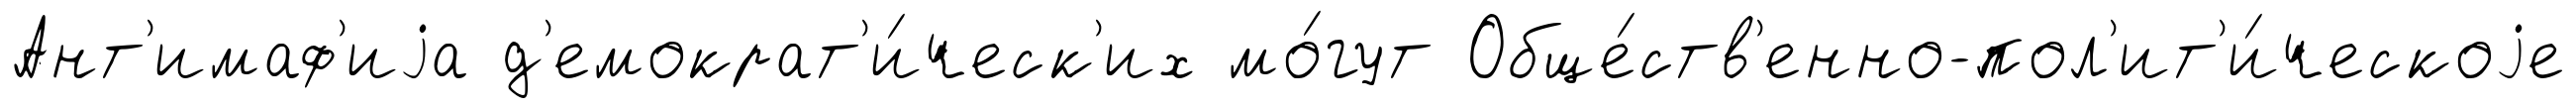
Ант'имаф'иjа д'емократ'и́ческ'их мо́гут Обще́ств'енно-пол'ит'и́ческоjе